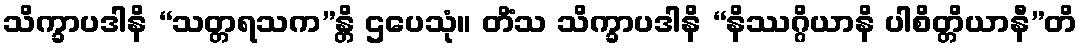
သိက္ခာပဒါနိ “သတ္တရသက”န္တိ ဌပေသုံ။ တိံသ သိက္ခာပဒါနိ “နိဿဂ္ဂိယာနိ ပါစိတ္တိယာနီ”တိ